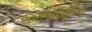
જાળવણીના